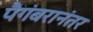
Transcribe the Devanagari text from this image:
पैगंबरानंतर